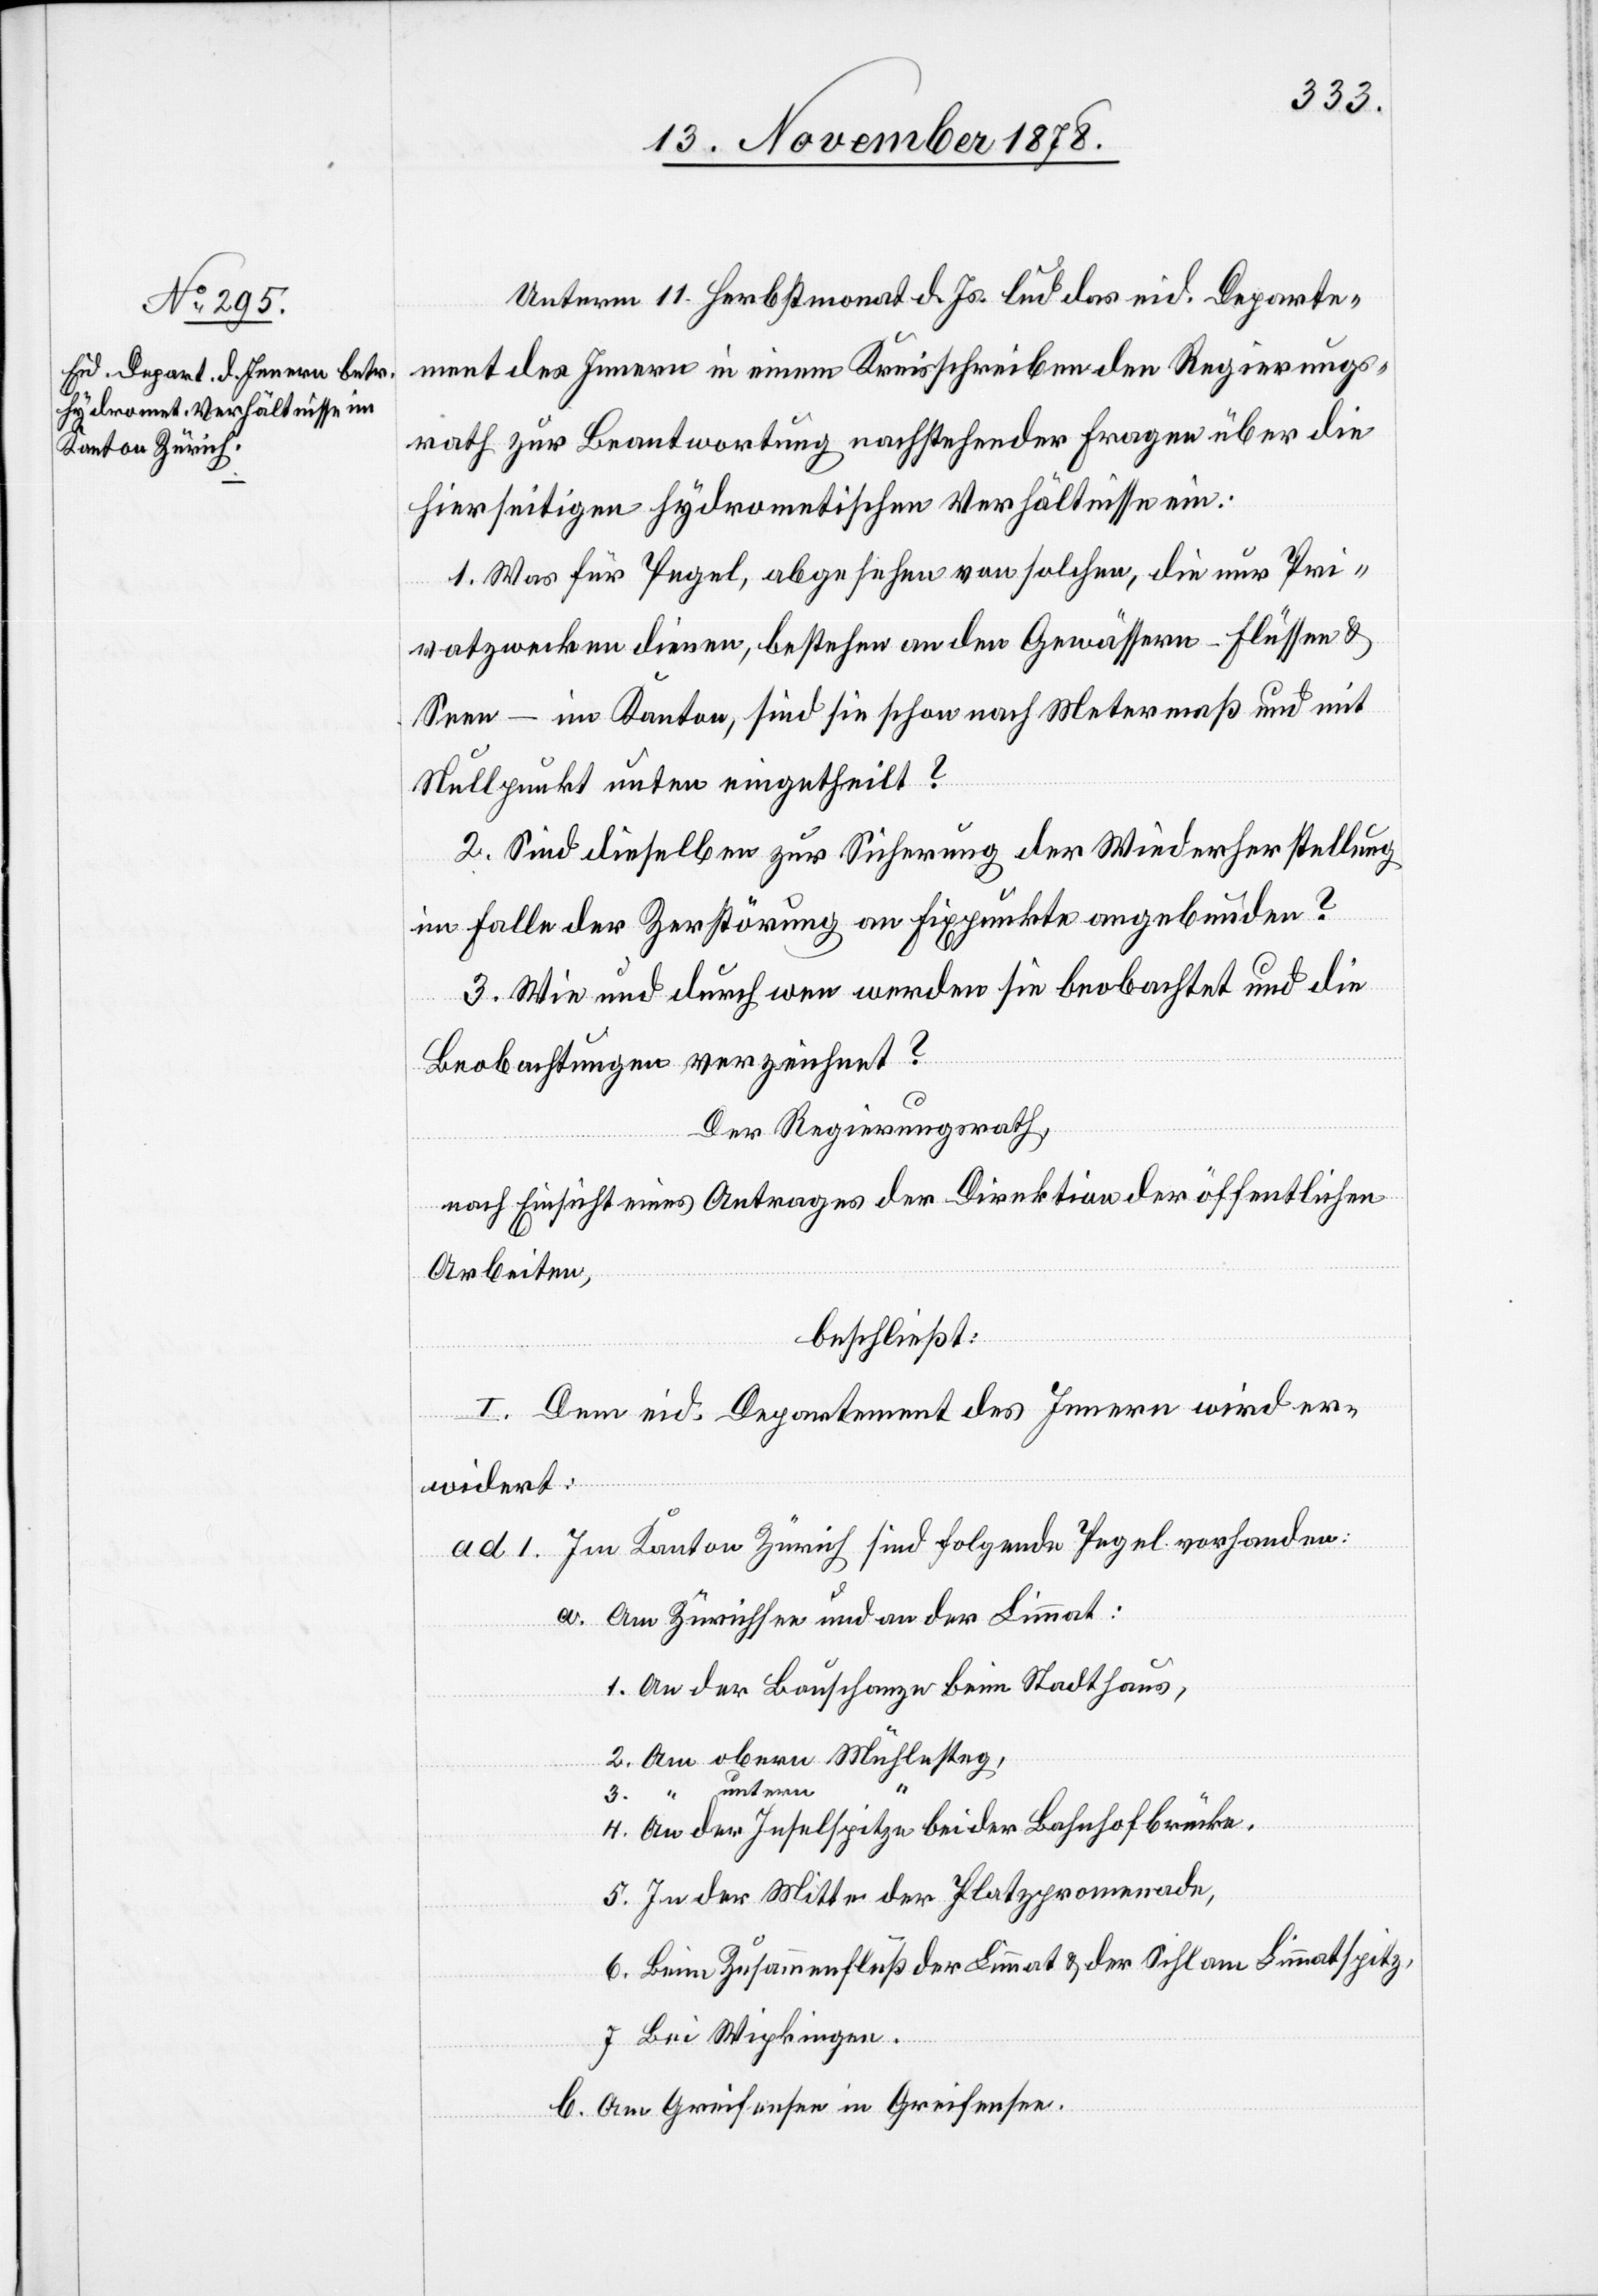
Unterm 11. Herbstmonat d. Js. lud das eid. Departe¬
ment des Innern in einem Kreisschreiben den Regierungs¬
rath zur Beantwortung nachstehender Fragen über die
hierseitigen hydrometischen Verhältnisse ein:
1. Was für Pegel, abgesehen von solchen, die nur Pri¬
vatzwecken dienen, bestehen an den Gewässern – Flüssen &
Seen – im Kanton, sind sie schon nach Metermaß und mit
Nullpunkt unten eingetheilt?
2. Sind dieselben zur Sicherung der Wiederherstellung
im Falle der Zerstörung an Fixpunkte angebunden?
3. Wie und durch wen werden sie beobachtet und die
Beobachtungen verzeichnet?
Der Regierungsrath,
nach Einsicht eines Antrages der Direktion der öffentlichen
Arbeiten,
beschließt:
I. Dem eid. Departement des Innern wird er¬
widert:
ad. 1. Im Kanton Zürich sind folgende Pegel vorhanden:
a. Am Zürichsee und an der Limmat:
1. An der Bauschanze beim Stadthaus,
2. Am obern Mühlesteg,
3. “ untern
4. An der Inselspitze bei der Bahnhofbrücke.
5. In der Mitte der Platzpromenade,
6. Beim Zusammenfluß der Limmat & der Sihl am Limmatspitz,
7. Bei Wipkingen.
b. Am Greifensee in Greifensee.